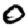
Digit: 0